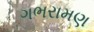
ગભરામણ